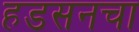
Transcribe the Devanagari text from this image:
हडसनचा